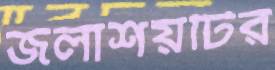
জলাশয়টির